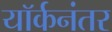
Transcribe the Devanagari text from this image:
यॉर्कनंतर